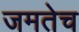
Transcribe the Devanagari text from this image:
जमतेच